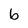
Character: b